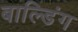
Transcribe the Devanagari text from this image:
बाल्डिंग